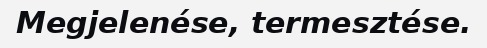
Megjelenése, termesztése.